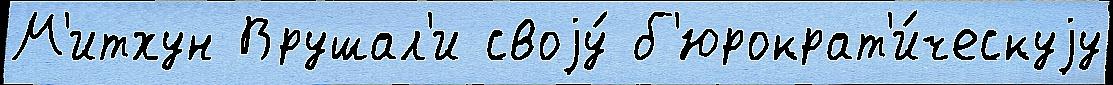
М'итхун Врушал'и своjу́ б'юрократ'и́ческуjу